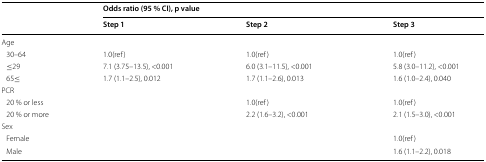
<table><thead><tr><td rowspan="2"></td><td colspan="3"><b>Odds ratio (95 % CI), p value</b></td></tr><tr><td><b>Step 1</b></td><td><b>Step 2</b></td><td><b>Step 3</b></td></tr></thead><tbody><tr><td colspan="4">Age</td></tr><tr><td> 30–64</td><td>1.0(ref)</td><td>1.0(ref)</td><td>1.0(ref)</td></tr><tr><td> ≤29</td><td>7.1 (3.75–13.5), &lt;0.001</td><td>6.0 (3.1–11.5), &lt;0.001</td><td>5.8 (3.0–11.2), &lt;0.001</td></tr><tr><td> 65≤</td><td>1.7 (1.1–2.5), 0.012</td><td>1.7 (1.1–2.6), 0.013</td><td>1.6 (1.0–2.4), 0.040</td></tr><tr><td colspan="4">PCR</td></tr><tr><td> 20 % or less</td><td></td><td>1.0(ref)</td><td>1.0(ref)</td></tr><tr><td> 20 % or more</td><td></td><td>2.2 (1.6–3.2), &lt;0.001</td><td>2.1 (1.5–3.0), &lt;0.001</td></tr><tr><td colspan="4">Sex</td></tr><tr><td> Female</td><td></td><td></td><td>1.0(ref)</td></tr><tr><td> Male</td><td></td><td></td><td>1.6 (1.1–2.2), 0.018</td></tr></tbody></table>